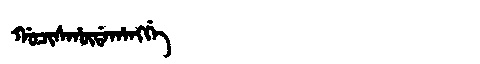
Manchu: ᡤᠣᠴᡳᠰᡥᡡᡩᠠᡥᠠᠩᡤᡝ
Romanization: GOCISHŪDAHANGGE